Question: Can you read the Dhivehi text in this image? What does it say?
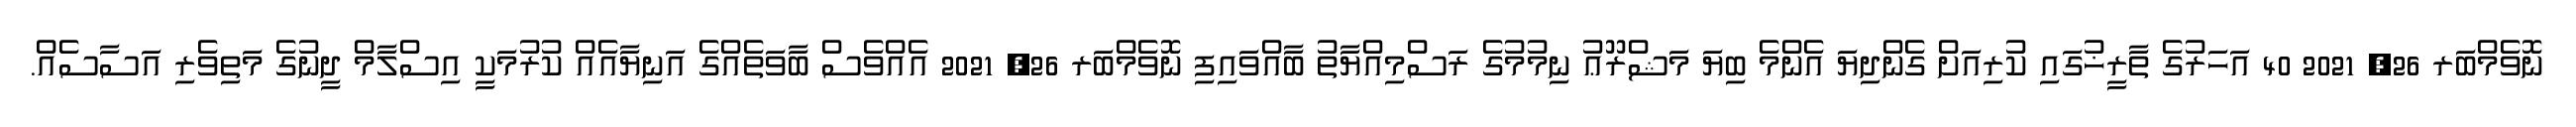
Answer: ނޮވެމްބަރ 26, 2021 40 އަހަރުގެ ތާރީޚުގައި ކުރިއަށް ގެންދިޔަ އެންމެ ބިޔަ މަޝްރޫޢު ނިމުމުގެ ރަސްމިއްޔާތު ބާއްވައިފި ނޮވެމްބަރ 26, 2021 އެއްވެސް ބާވަތެއްގެ އަނިޔާއެއް ކުރުމަކީ އިސްލާމް ދީނުގެ މަތިވެރި އަސާސެއް.